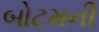
બોટમની